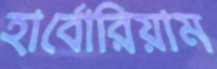
হার্বোরিয়াম